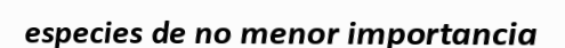
especies de no menor importancia